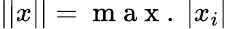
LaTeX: \vert\vert x\vert\vert=\mathrm{~m~a~x~.~}\vert x_{i}\vert